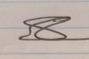
Signature authenticity: forged